Note on the mental hospitals in Burma - 1925-1940
Year: 1925
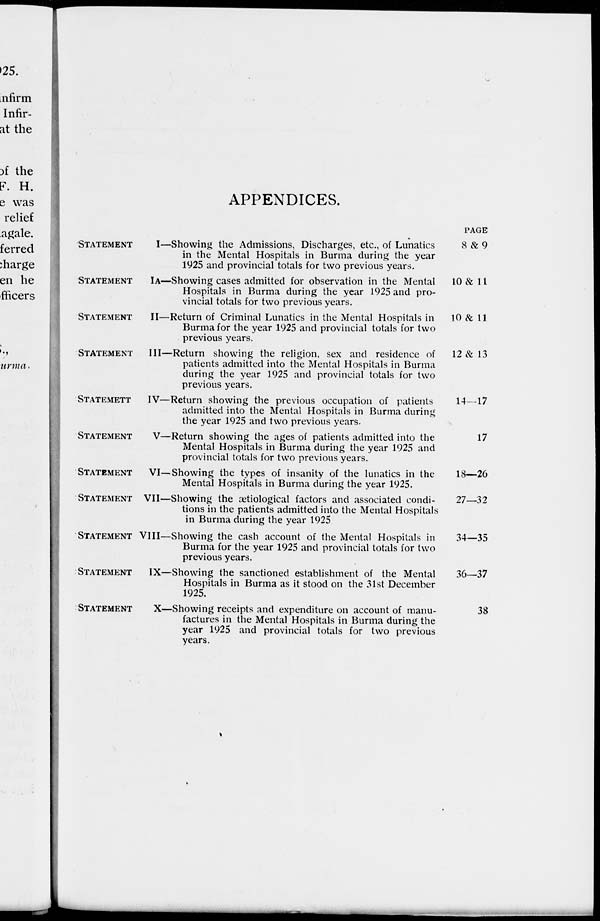
APPENDICES.
STATEMENT
I—Showing the Admissions, Discharges, etc., of Lunatics
in the Mental Hospitals in Burma during the year
1925 and provincial totals for two previous years.
STATEMENT
IA—Showing cases admitted for observation in the Mental
Hospitals in Burma during the year 1925 and pro-
vincial totals for two previous years.
STATEMENT
II—Return of Criminal Lunatics in the Mental Hospitals in
Burma for the year 1925 and provincial totals for two
previous years.
STATEMENT
III—Return showing the religion, sex and residence of
patients admitted into the Mental Hospitals in Burma
during the year 1925 and provincial totals for two
previous years.
STATEMENT
IV—Return showing the previous occupation of patients
admitted into the Mental Hospitals in Burma during
the year 1925 and two previous years.
STATEMENT
V—Return showing the ages of patients admitted into the
Mental Hospitals in Burma during the year 1925 and
provincial totals for two previous years.
STATEMENT
VI—Showing the types of insanity of the lunatics in the
Mental Hospitals in Burma during the year 1925.
STATEMENT VII—Showing the ætiological factors and associated condi-
tions in the patients admitted into the Mental Hospitals
in Burma during the year 1925
STATEMENT VIII—Showing the cash account of the Mental Hospitals in
Burma for the year 1925 and provincial totals for two
previous years.
STATEMENT
IX—Showing the sanctioned establishment of the Mental
Hospitals in Burma as it stood on the 31st December
1925.
STATEMENT
X—Showing receipts and expenditure on account of manu-
factures in the Mental Hospitals in Burma during the
year 1925 and provincial totals for two previous
years.
PAGE
8 &9
10 & 11
10 & 11
12 & 13
14-17
17
18—26
27—32
34—35
36—37
38